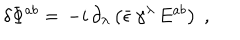
LaTeX: \delta \Phi ^ { a b } = \, - i \, \partial _ { \lambda } \left( \bar { \epsilon } \, \gamma ^ { \lambda } \, E ^ { a b } \right) \; ,